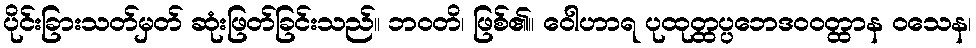
ပိုင်းခြားသတ်မှတ် ဆုံးဖြတ်ခြင်းသည်။ ဘဝတိ၊ ဖြစ်၏။ ဝေါဟာရ ပုထုတ္ထပ္ပဘေဒဝဝတ္ထာန ဝသေန၊